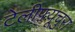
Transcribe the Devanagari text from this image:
टेलीफ़्यूचुरा